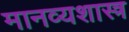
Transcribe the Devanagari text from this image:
मानव्यशास्त्र